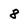
Character: 8